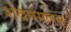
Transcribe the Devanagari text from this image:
शेंदमंगलम्